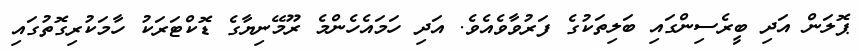
ޕޮލަން އަދި ބީރެސިންގައި ބަލިތަކުގެ ފަރުވާވެއެވެ. އަދި ހަމައެހެންމެ ރޫމޭނިޔާގެ ޑޮކްޓަރަކު ހާމަކުރިގޮތުގައި